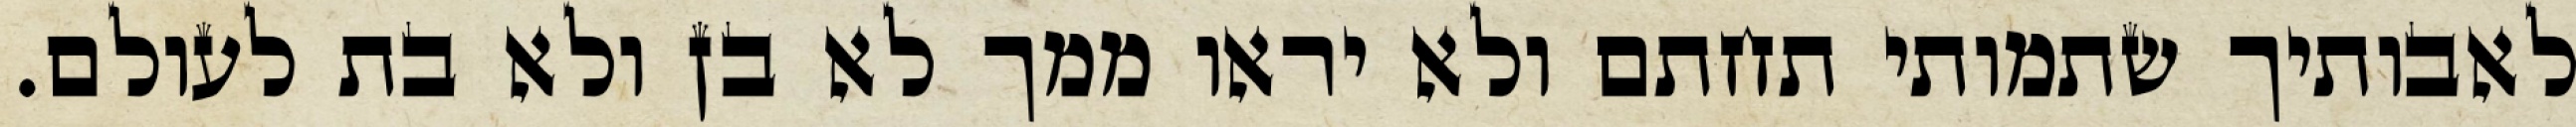
לאבותיך שתמותי תחתם ולא יראו ממך לא בן ולא בת לעולם.